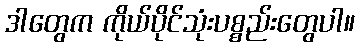
ဒါတွေက ကိုယ်ပိုင်သုံးပစ္စည်းတွေပါ။